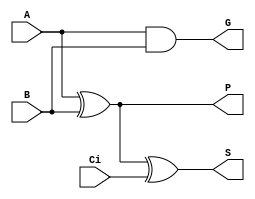
/********************************************************************************************************
/		MODULE: CLA_FA - Carry Look-ahead Full Adder
/		PURPOSE: Given three one bit inputs, creates sum and propagate and generate signals
/
/		INPUTS: A - First Operand
/				B - Second Operand
/				Ci - Carry in
/
/		OUTPUTS: S - Sum of Adddition
/				 P - Propagate 
/				 G - Generate
********************************************************************************************************/
module CLA_FA (A, B, Ci, S, P, G);

input A;
input B;
input Ci;

output P;
output G;
output S;

xor Prop (P, A, B);
and Gen (G, A, B);

xor Sum (S, A, B, Ci);

endmodule